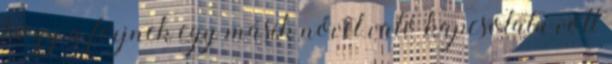
hogy a férjnek egy másik nővel való kapcsolata volt